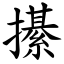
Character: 櫀